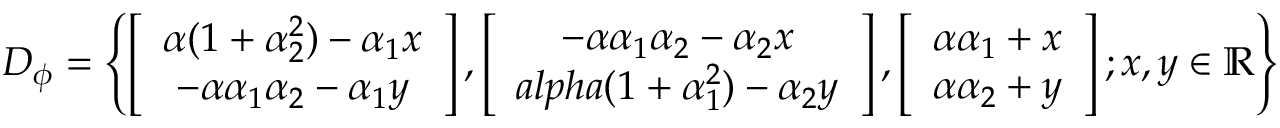
D _ { \phi } = \left\{ \left[ \begin{array} { c c c } { \alpha ( 1 + \alpha _ { 2 } ^ { 2 } ) - \alpha _ { 1 } x } \\ { - \alpha \alpha _ { 1 } \alpha _ { 2 } - \alpha _ { 1 } y } \end{array} \right] , \left[ \begin{array} { c c c } { - \alpha \alpha _ { 1 } \alpha _ { 2 } - \alpha _ { 2 } x } \\ { a l p h a ( 1 + \alpha _ { 1 } ^ { 2 } ) - \alpha _ { 2 } y } \end{array} \right] , \left[ \begin{array} { c c c } { \alpha \alpha _ { 1 } + x } \\ { \alpha \alpha _ { 2 } + y } \end{array} \right] ; x , y \in \mathbb { R } \right\}